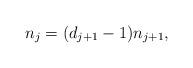
LaTeX: \begin{align*}n_{j}=(d_{j+1}-1)n_{j+1},\end{align*}